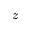
z